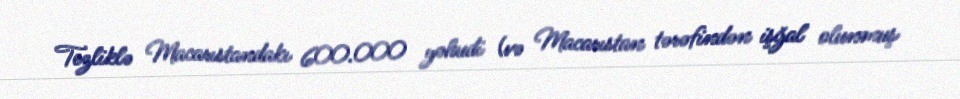
Tezliklə Macarıstandakı 600.000 yəhudi (və Macarıstan tərəfindən işğal olunmuş